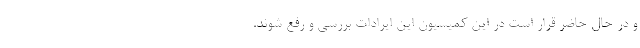
و در حال حاضر قرار است در این کمیسیون این ایرادات بررسی و رفع شوند.